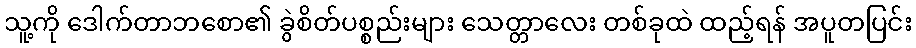
သူ့ကို ဒေါက်တာဘစော၏ ခွဲစိတ်ပစ္စည်းများ သေတ္တာလေး တစ်ခုထဲ ထည့်ရန် အပူတပြင်း